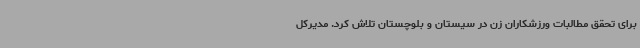
برای تحقق مطالبات ورزشکاران زن در سیستان و بلوچستان تلاش کرد. مدیرکل